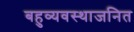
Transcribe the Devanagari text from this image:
बहुव्यवस्थाजनित